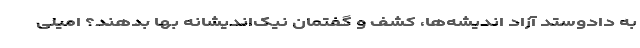
به دادوستد آزاد اندیشه‌ها، کشف و گفتمان نیک‌اندیشانه بها بدهند؟ امیلی